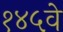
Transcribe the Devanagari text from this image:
१४५वे